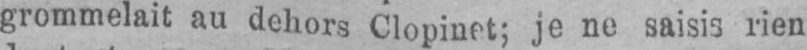
grommelait au dehors Clopinet; je ne saisis rien